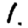
Digit: 1